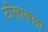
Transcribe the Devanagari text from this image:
टोलावला